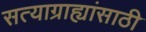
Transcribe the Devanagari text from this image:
सत्याग्राह्यांसाठी